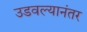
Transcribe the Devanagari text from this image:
उडवल्यानंतर